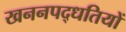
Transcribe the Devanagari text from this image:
खननपद्धतियों